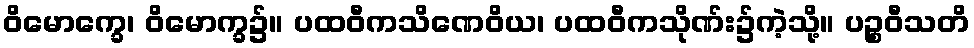
ဝိမောက္ခေ၊ ဝိမောက္ခ၌။ ပထဝီကသိဏေဝိယ၊ ပထဝီကသိုဏ်း၌ကဲ့သို့။ ပဉ္စဝီသတိ